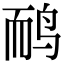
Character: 鸸